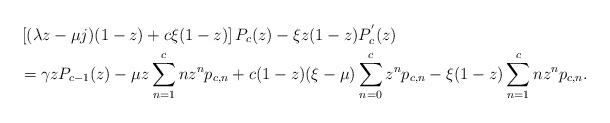
LaTeX: \begin{align*}&\left[ ( \lambda z - \mu j)(1-z) + c\xi (1-z) \right]P_{c}(z) - \xi z (1-z)P^{'}_{c}(z)\\ &= \gamma z P_{c-1}(z) - \mu z \sum_{n=1}^{c}nz^{n}p_{c,n} + c(1-z)(\xi - \mu)\sum_{n=0}^{c}z^{n}p_{c,n} - \xi (1-z)\sum_{n=1}^{c} n z^{n} p_{c,n}.\end{align*}